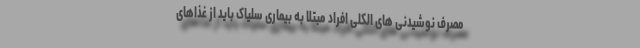
مصرف نوشیدنی های الکلی افراد مبتلا به بیماری سلیاک باید از غذاهای